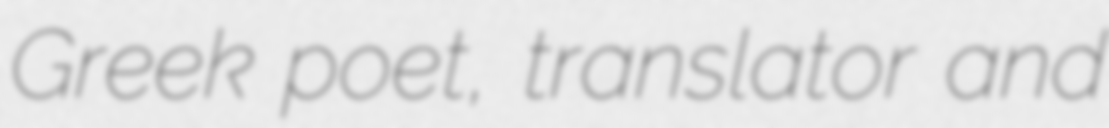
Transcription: Greek poet, translator and